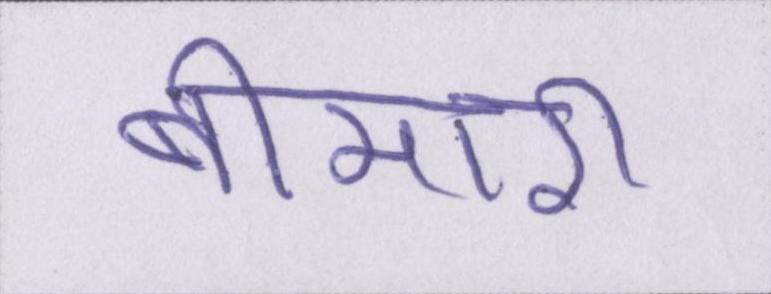
बीमारी